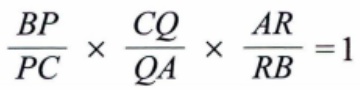
$\frac{BP}{PC} \times \frac{CQ}{QA} \times \frac{AR}{RB} =1$